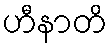
ဟီနာတိ